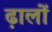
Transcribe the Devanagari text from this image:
ढ़ालों